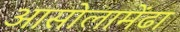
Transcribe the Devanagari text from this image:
आसोलामेंढा